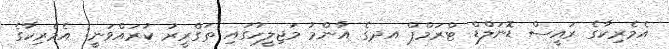
އެމެރިކާގެ ރައީސް ޑޮނަލްޑް ޓްރަމްޕް އދގެ އާންމު މަޖިލީހުގައި ތަގްރީރު ކުރައްވަނީ: އެމެރިކާގެ